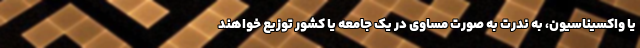
یا واکسیناسیون، به ندرت به صورت مساوی در یک جامعه یا کشور توزیع خواهند